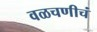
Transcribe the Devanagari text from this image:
वळचणीचं